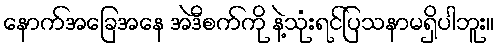
နောက်အခြေအနေ အဲဒီစက်ကို နဲ့သုံးရင်ပြသနာမရှိပါဘူး။